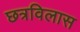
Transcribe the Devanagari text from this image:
छत्रविलास